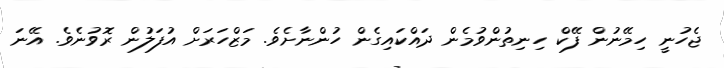
ޖެހުނީ ހިމޭނުން ފޭކް ހިނިތުންވުމެން ދައްކައިގެން ހުންނާށެވެ. މަޒްހަރަށް އުފަލުން ރޮވުނެވެ. އޭނަ